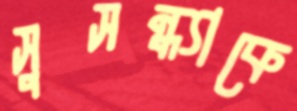
সুসন্ধ্যাকে